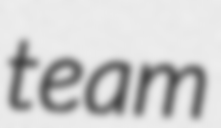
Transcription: team